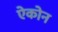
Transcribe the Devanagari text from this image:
ऐकोन